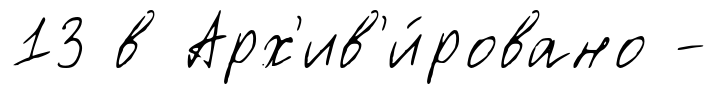
13 в Арх'ив'и́ровано -